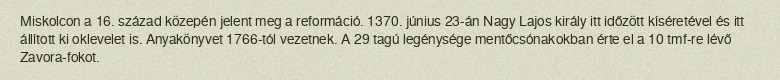
Miskolcon a 16. század közepén jelent meg a reformáció. 1370. június 23-án Nagy Lajos király itt időzött kíséretével és itt állított ki oklevelet is. Anyakönyvet 1766-tól vezetnek. A 29 tagú legénysége mentőcsónakokban érte el a 10 tmf-re lévő Zavora-fokot.